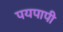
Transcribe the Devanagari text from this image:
पयपापी